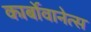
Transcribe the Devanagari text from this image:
कार्बोवानेत्स